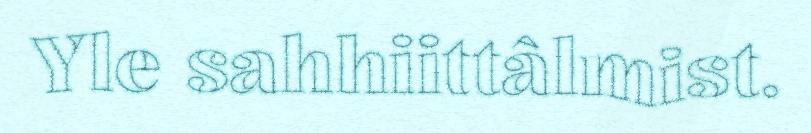
Yle sahhiittâlmist.